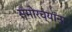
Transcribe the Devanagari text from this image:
समोरच्यांना